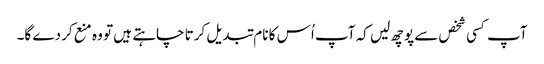
آپ کسی شخص سے پوچھ لیں کہ آپ اُس کا نام تبدیل کرتا چاہتے ہیں تو وہ منع کردے گا۔